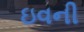
ઇવની